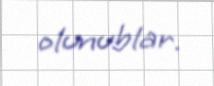
olunublar.